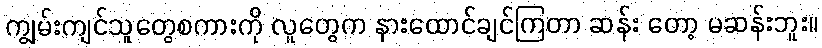
ကျွမ်းကျင်သူတွေစကားကို လူတွေက နားထောင်ချင်ကြတာ ဆန်း တော့ မဆန်းဘူး။